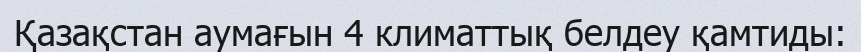
Қазақстан аумағын 4 климаттық белдеу қамтиды: